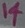
Text: 14